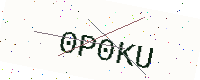
Text: 0P0KU